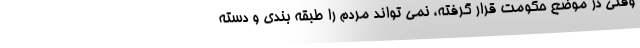
وقتی در موضع حکومت قرار گرفته، نمی تواند مردم را طبقه بندی و دسته